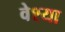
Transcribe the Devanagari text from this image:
वेश्‍या